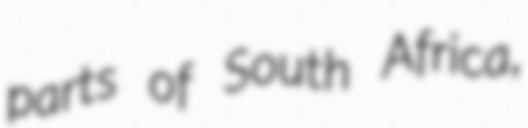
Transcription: parts of South Africa,